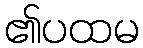
၏ပထမ